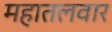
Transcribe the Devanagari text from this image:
महातलवार